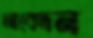
আবেদন